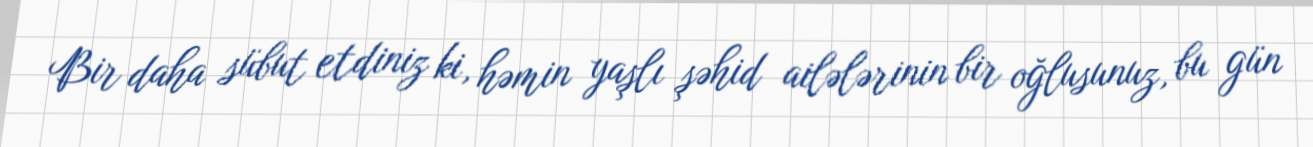
Bir daha sübut etdiniz ki, həmin yaşlı şəhid ailələrinin bir oğlusunuz, bu gün